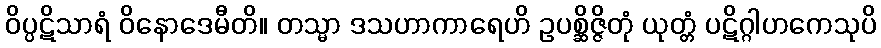
ဝိပ္ပဋိသာရံ ဝိနောဒေမီတိ။ တသ္မာ ဒသဟာကာရေဟိ ဥပစ္ဆိဇ္ဇိတုံ ယုတ္တံ ပဋိဂ္ဂါဟကေသုပိ